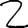
Digit: 2